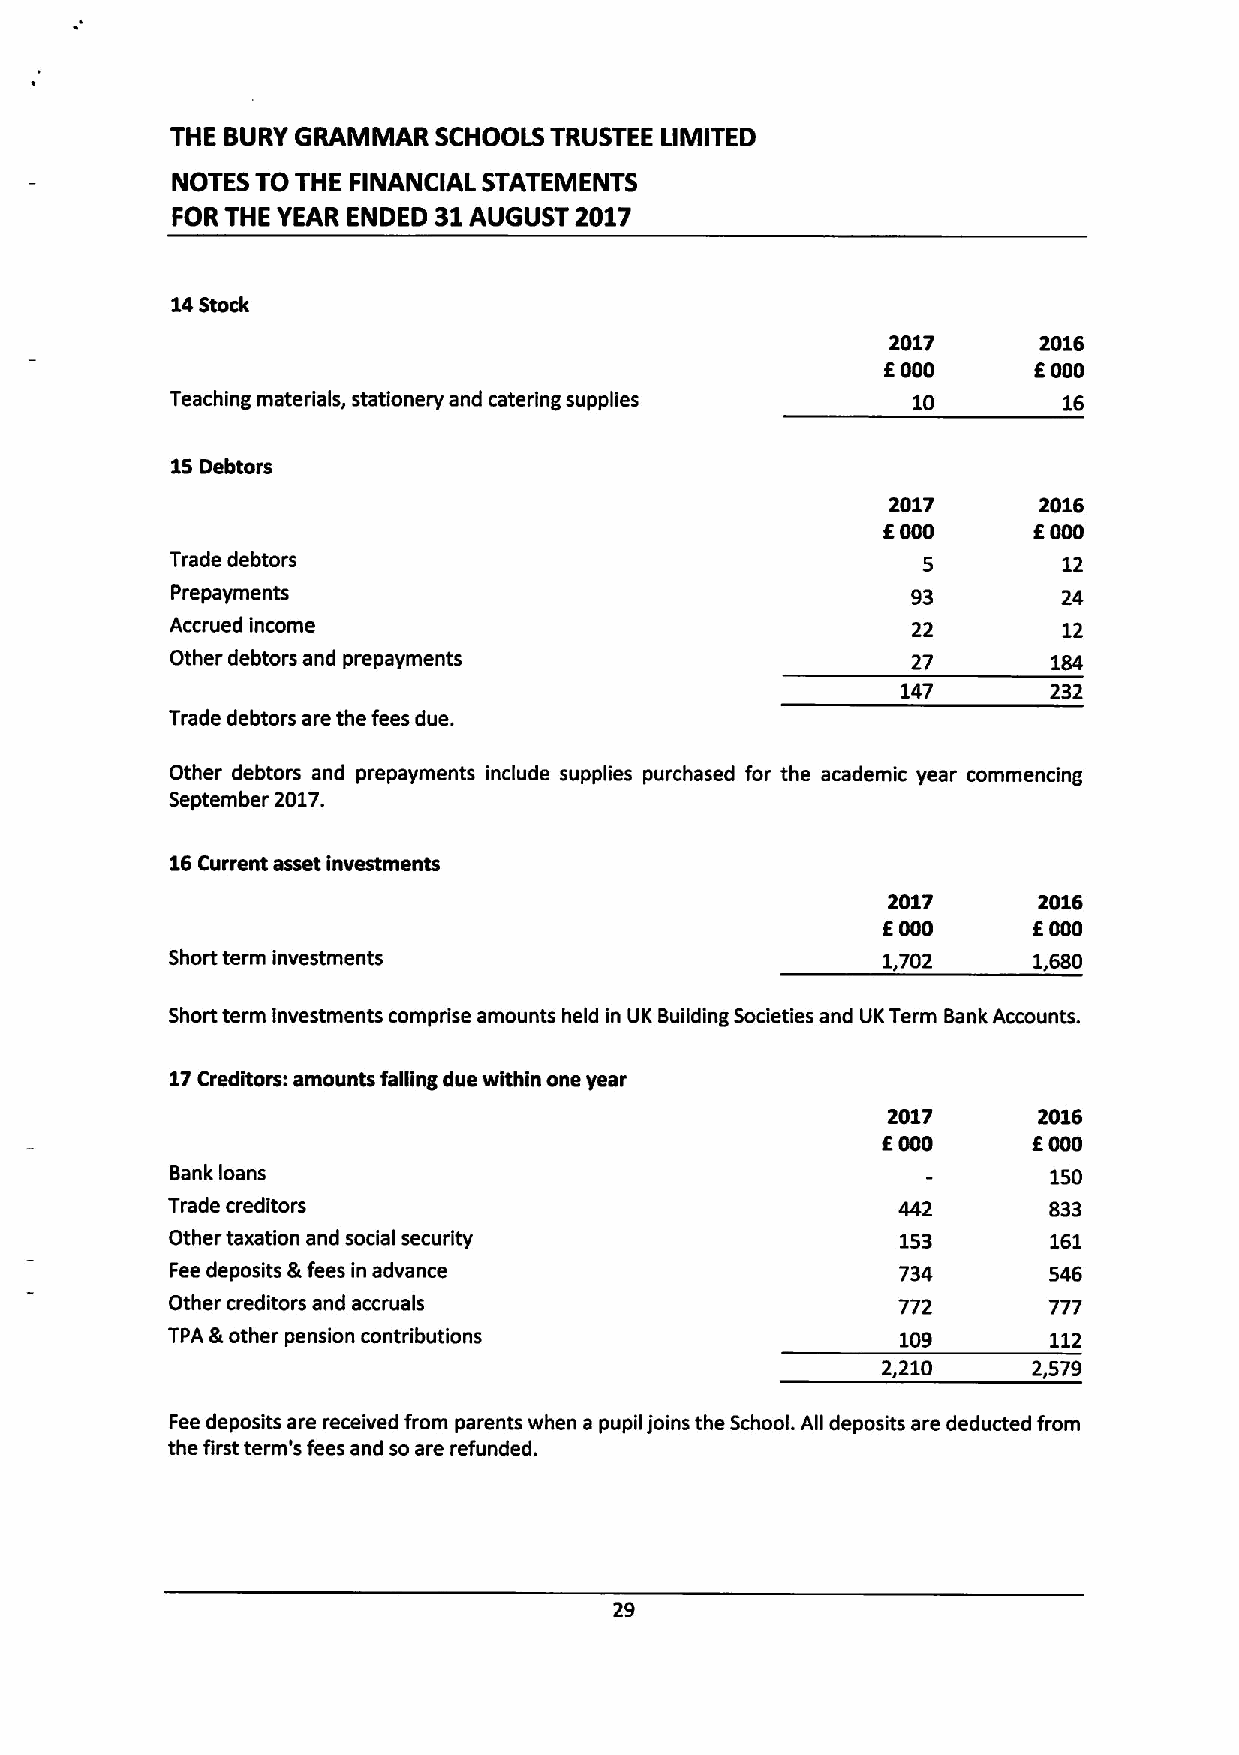
THE BURY GRAMMAR  SCHOOLS TRUSTEE LIMITED
 NOTES TO THE FINANCIAL STATEMENTS
 FOR THE YEAR ENDED 31 AUGUST 2017
 14Stock
 2017      2016
 E000      E000
 Teaching materials, stationery and catering supplies 10    16
 15Debtors
 2017      2016
 E000      E000
 Trade debtors                                     5        12
 Prepayments                                      93        24
 Accrued income                                   22        12
 Other debtors and prepayments                    27        184
 147      232
 Trade debtors are the fees due.
 Other debtors and prepayments include supplies purchased for the academic year commencing
 September 2017.
 16Current asset investments
 2017      2016
 E000      E000
 Short term investments                         1,702     1,680
 Short term investments comprise amounts held in UK Building Societies and UKTerm Bank Accounts.
 17Creditors: amounts falling due within one year
 2017      2016
 E000      E000
 Bank loans                                                150
 Trade creditors                                 442       833
 Other taxation and social security               153      161
 Fee deposits &fees in advance                   734       546
 Other creditors and accruals                    772       777
 TPA &other pension contributions                 109      112
 2,210     2,579
 Feedeposits are received from parents when a pupil joins the School. All deposits are deducted from
 the first term's fees and so are refunded.
 29